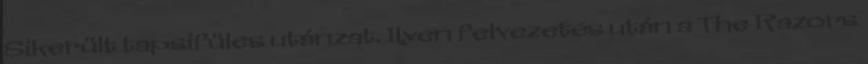
Sikerült tapsifüles utánzat. Ilyen felvezetés után a The Razors